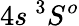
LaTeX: {4s~^{3}S^{o}}